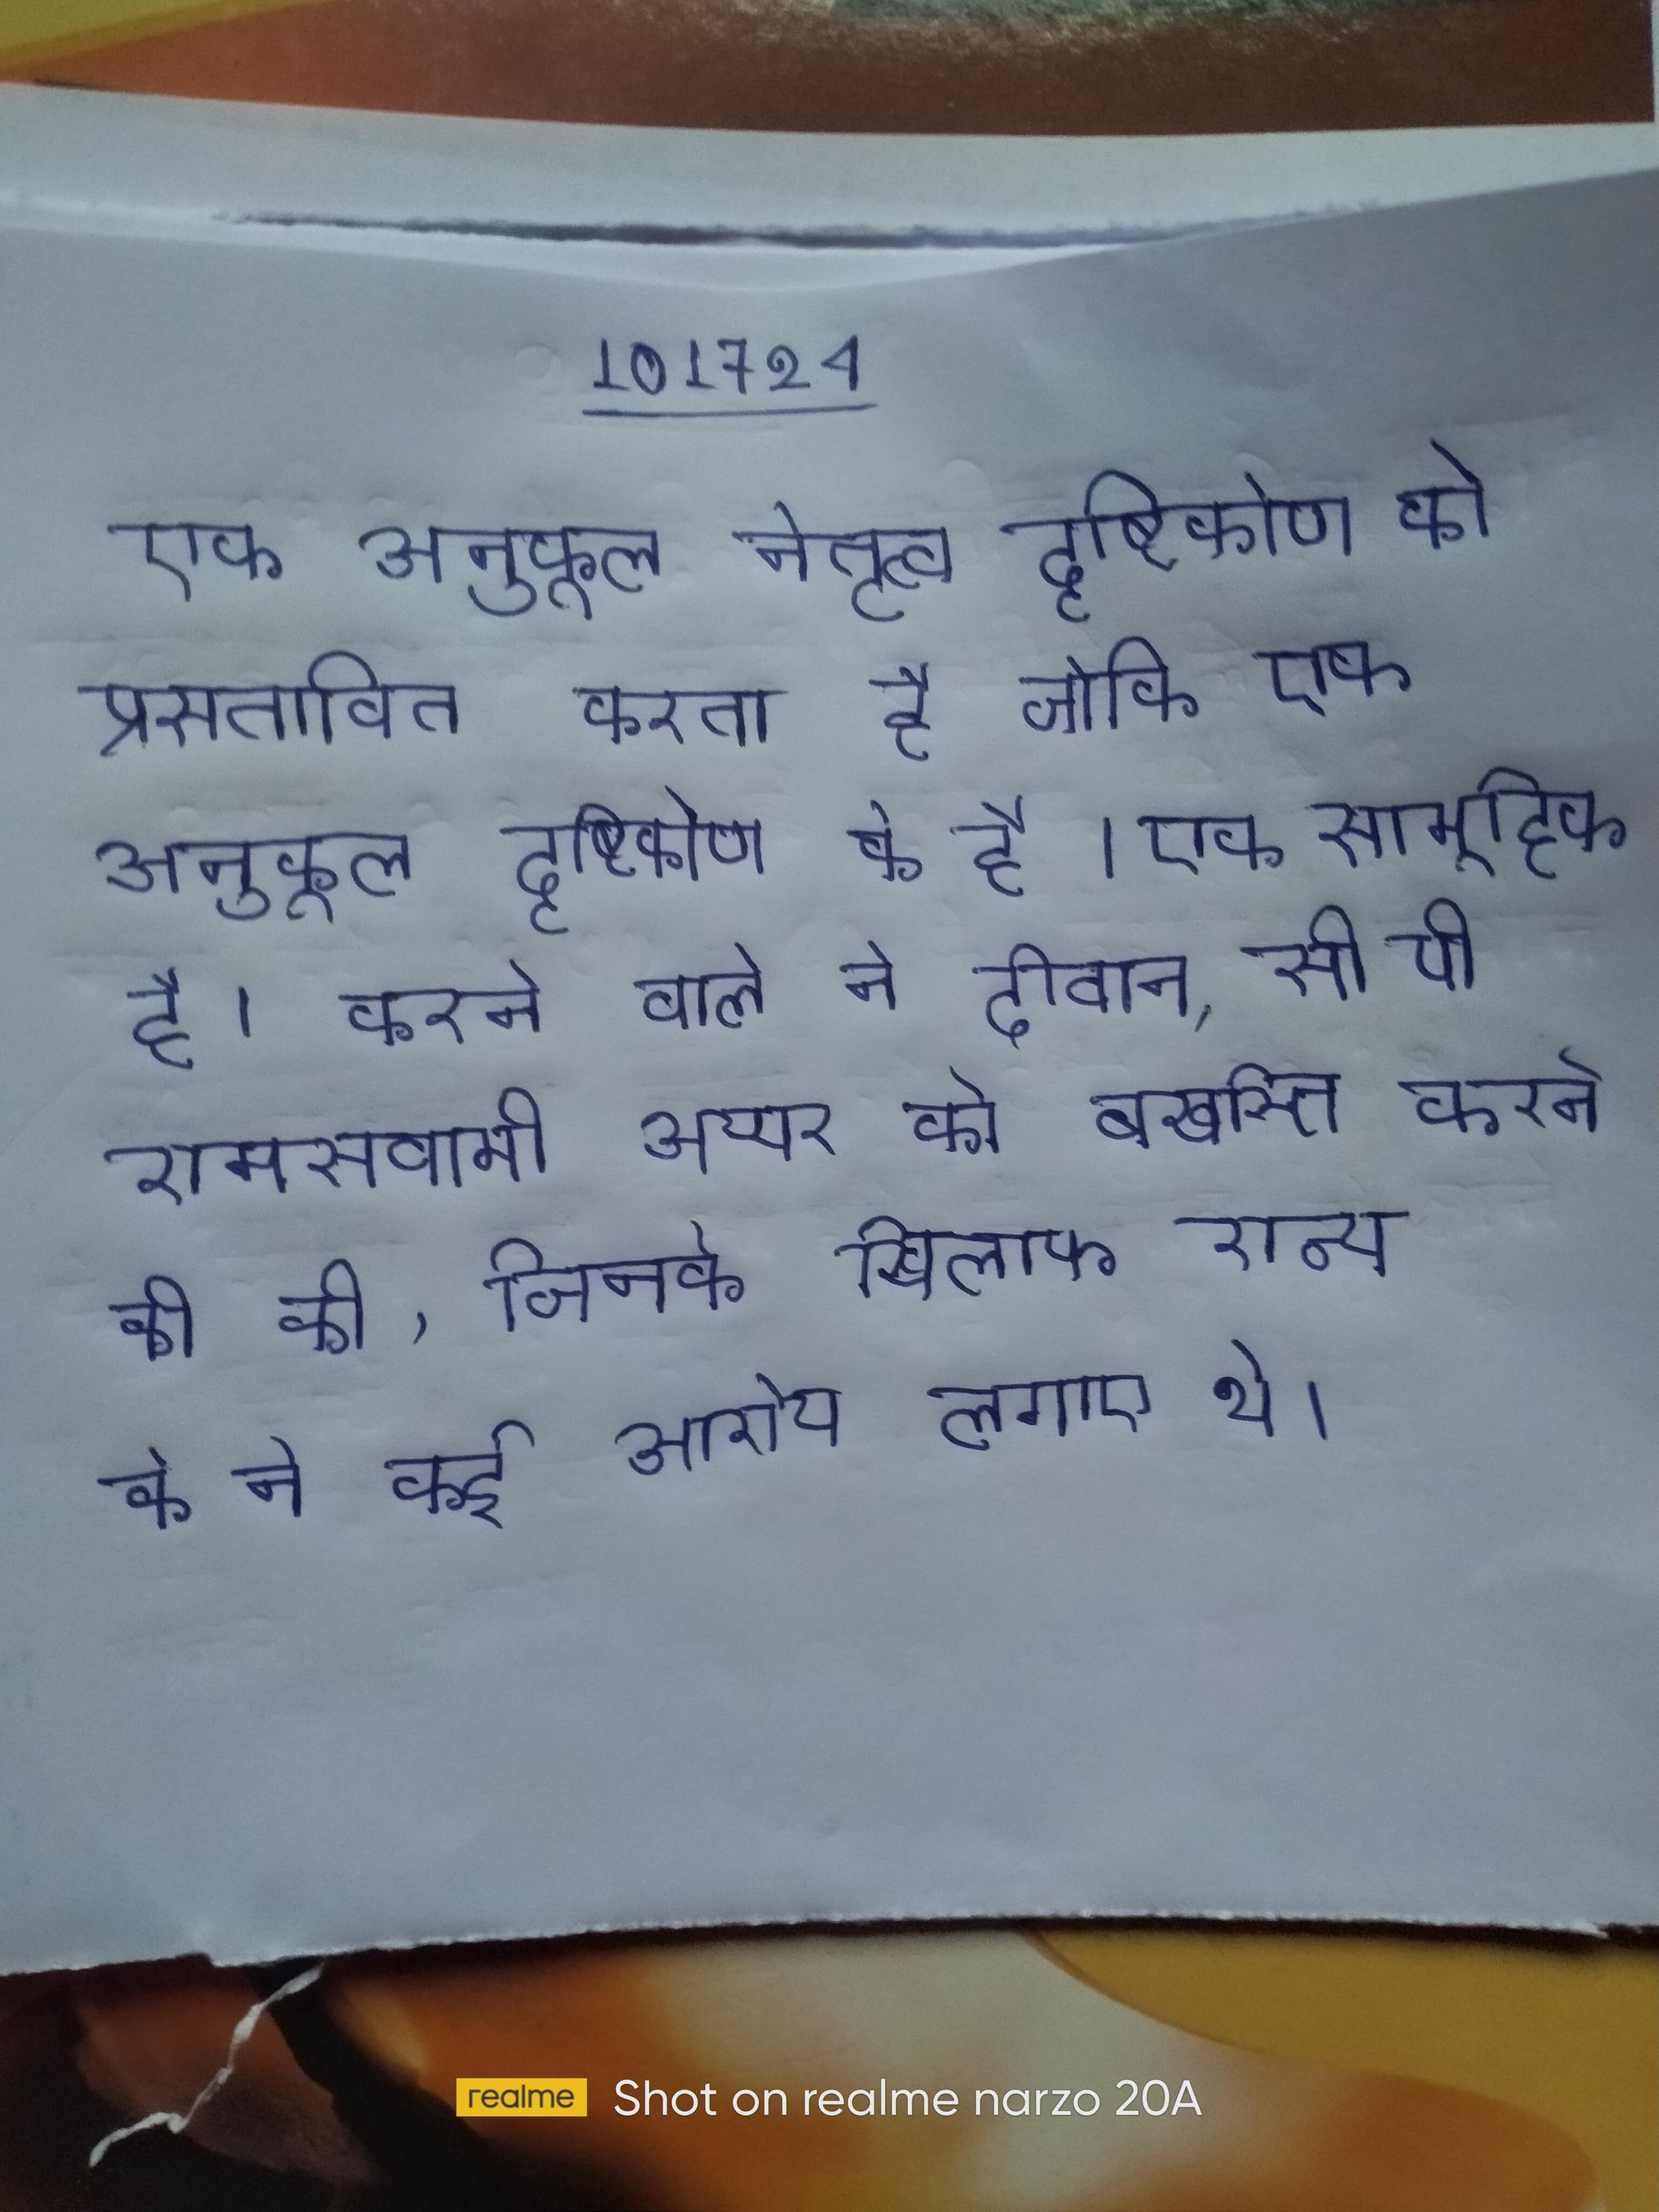
एक अनुकूल नेतृत्व दृष्टिकोण को प्रस्तावित करता है जोकि एक अनुकूल दृष्टिकोण के है । एक सामूहिक है । करने वाले ने दीवान, सी पी रामस्वामी अय्यर को बर्खास्त करने की की, जिनके खिलाफ राज्य के ने कई आरोप लगाए थे ।